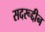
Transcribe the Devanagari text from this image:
सदरूद्दीन